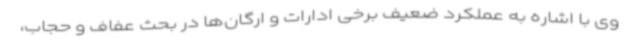
وی با اشاره به عملکرد ضعیف برخی ادارات و ارگان‌ها در بحث عفاف و حجاب،